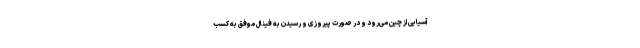
آسیایی از چین می‌رود و در صورت پیروزی و رسیدن به فینال موفق به کسب